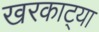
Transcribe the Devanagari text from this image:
खरकाट्या